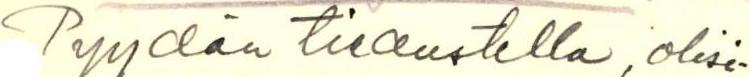
Pyydän tiedustella, olisi-